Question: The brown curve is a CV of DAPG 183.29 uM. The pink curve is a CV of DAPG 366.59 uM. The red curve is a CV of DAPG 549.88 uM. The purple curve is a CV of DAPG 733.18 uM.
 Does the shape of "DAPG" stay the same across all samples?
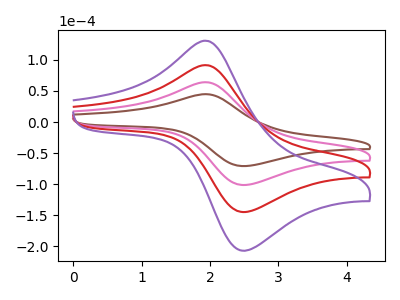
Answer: <think>The brown curve "DAPG 183.29 uM" has an anodic peak at (1.95V, 44.80uA) and a cathodic peak at (2.45V, -70.85uA). The pink curve "DAPG 366.59 uM" has an anodic peak at (1.95V, 64.05uA) and a cathodic peak at (2.45V, -101.25uA). The red curve "DAPG 549.88 uM" has an anodic peak at (1.95V, 128.15uA) and a cathodic peak at (2.45V, -202.50uA). The purple curve "DAPG 733.18 uM" has an anodic peak at (1.95V, 192.20uA) and a cathodic peak at (2.45V, -303.75uA).
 All the peaks in "DAPG 183.29 uM" have a peak in "DAPG 366.59 uM" at the same potential. Every peak in "DAPG 183.29 uM" is lower than every peak in "DAPG 366.59 uM". All the peaks in "DAPG 183.29 uM" have a peak in "DAPG 549.88 uM" at the same potential. Every peak in "DAPG 183.29 uM" is lower than every peak in "DAPG 549.88 uM". All the peaks in "DAPG 183.29 uM" have a peak in "DAPG 733.18 uM" at the same potential. Every peak in "DAPG 183.29 uM" is lower than every peak in "DAPG 733.18 uM". All the peaks in "DAPG 366.59 uM" have a peak in "DAPG 549.88 uM" at the same potential. Every peak in "DAPG 366.59 uM" is lower than every peak in "DAPG 549.88 uM". All the peaks in "DAPG 366.59 uM" have a peak in "DAPG 733.18 uM" at the same potential. Every peak in "DAPG 366.59 uM" is lower than every peak in "DAPG 733.18 uM". All the peaks in "DAPG 549.88 uM" have a peak in "DAPG 733.18 uM" at the same potential. Every peak in "DAPG 549.88 uM" is lower than every peak in "DAPG 733.18 uM".</think>
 <answer>All the CV's of "DAPG" have similar shape.</answer>
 <eval>follow_rule</eval>